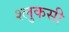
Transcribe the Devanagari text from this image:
श्लुकसी